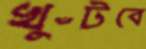
খুঁটবে